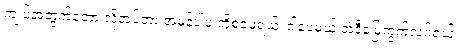
ကျုပ်အတွက်တော့ လိုအပ်တာ အမှန်ပါပဲ ကိုစံဖေရယ်၊ ဒါပေမယ့် အဲဒီမြေကွက်လပ်ရယ်၊